Civil Veterinary Department Bihar & Orissa reports 1911-21 - 1911-1921
Year: 1911
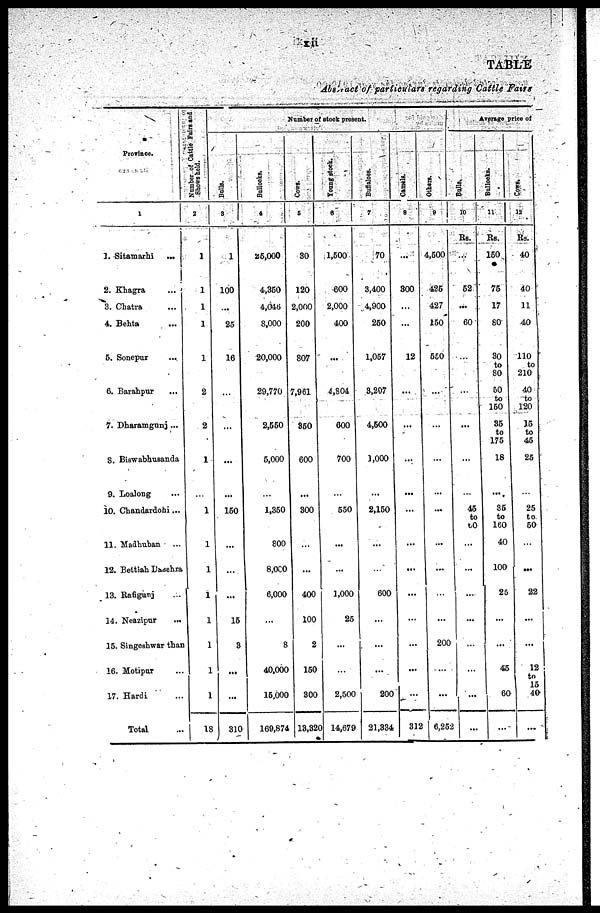
xii
TABLE
Abstract of particulars regarding Cattle Fairs
Province.
1
1.Sitamarhi ...
2. Khagra ...
3. Chatra ...
4. Behta ...
5. Sonepur
...
6. Barahpur ...
7. Dharamganj ...
8. Biswabhusanda
9. Loalong ...
10. Chandavdohi ...
11. Madhuban ...
12. Bettiah Dasehra
13. Rafigunj ...
14. Neazipur
...
15. Singeshwar than
16. Motipur ...
17. Hardi ...
Total ...
Number of Cattle Fairs and
Shows held.
2
1
1
1
1
1
2
2
1
...
1
1
1
...
1
1
1
1
18
Number of stock present.
Bulls.
3
1
100
...
25
16
...
...
...
...
150
...
...
...
15
3
...
...
310
Bullocks.
4
25,000
4,350
4,046
8,000
20,000
29,770
2,550
5,000
...
1,350
800
8,000
6,000
...
8
40,000
15,000
169,874
Cows.
6
30
120
2,000
200
807
7,961
350
600
...
300
...
...
400
100
2
150
300
13,320
Young stock.
6
1,500
600
2,000
400
...
4,804
000
700
...
550
...
...
1,000
25
...
...
2,500
14,679
Buffaloes.
7
70
3,400
4,900
250
1,057
3,207
4,600
1,000
...
2,150
...
...
600
...
...
...
200
21,334
Camels.
8
...
300
...
...
12
...
...
...
...
...
...
...
...
...
...
...
...
312
Others.
9
4,500
425
427
150
550
...
...
...
...
...
...
...
...
...
200
...
...
6,252
Average price of
Bulls,
10
Rs.
...
52
...
60
...
...
...
...
...
15
to
60
...
...
...
...
...
...
...
...
Bullocks.
11
Rs.
150
75
17
80
30
to
80
50
to
150
35
to
175
18
...
35
to
160
40
100
25
...
...
45
60
...
Cows,
12
Rs.
40
40
11
40
110
to
210
40
to
120
15
to
45
25
...
25
to
50
...
...
22
...
12
to
15
40
...